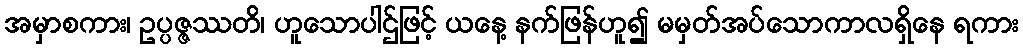
အမှာစကား၊ ဥပ္ပဇ္ဇဿတိ၊ ဟူသောပါဌ်ဖြင့် ယနေ့ နက်ဖြန်ဟူ၍ မမှတ်အပ်သောကာလရှိနေ ရကား